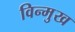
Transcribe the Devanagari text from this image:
विन्‍मुख